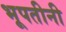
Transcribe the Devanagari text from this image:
भूपतीनी